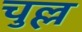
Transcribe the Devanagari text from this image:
चुल्ल